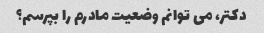
دکتر، می توانم وضعیت مادرم را بپرسم؟